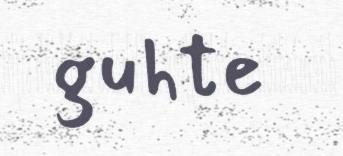
guhte